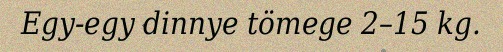
Egy-egy dinnye tömege 2–15 kg.